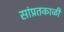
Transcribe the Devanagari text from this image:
सांप्रतकाळी